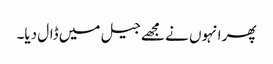
پھر انہوں نے مجھے جیل میں ڈال دیا۔